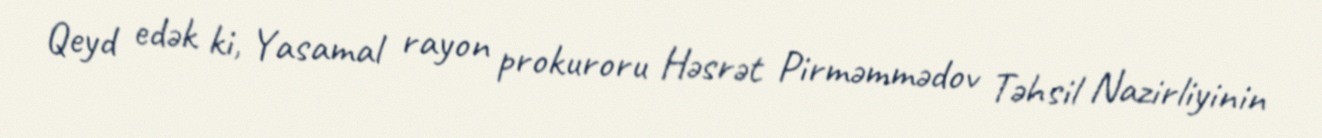
Qeyd edək ki, Yasamal rayon prokuroru Həsrət Pirməmmədov Təhsil Nazirliyinin